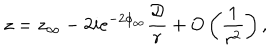
z = z _ { \infty } - 2 i e ^ { - 2 \phi _ { \infty } } \frac { { \cal D } } { r } + O \left( \frac { 1 } { r ^ { 2 } } \right) ,